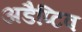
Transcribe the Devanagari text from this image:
अडैप्टिव